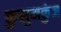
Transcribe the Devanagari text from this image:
कुसुमकुंज